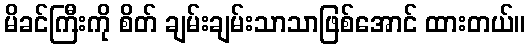
မိခင်ကြီးကို စိတ် ချမ်းချမ်းသာသာဖြစ်အောင် ထားတယ်။